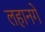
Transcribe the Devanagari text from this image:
लहानगे